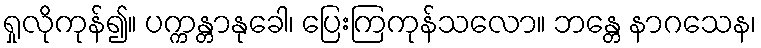
ရှုလိုကုန်၍။ ပက္ကန္တာနုခေါ၊ ပြေးကြကုန်သလော။ ဘန္တေ နာဂသေန၊